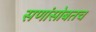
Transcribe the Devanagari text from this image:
सणांसोबतच